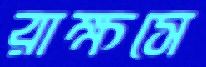
রাক্ষসে